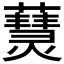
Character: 𤑒